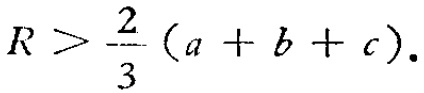
$R > \frac{2}{3}(a + b + c).$